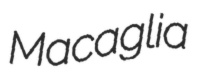
Macaglia